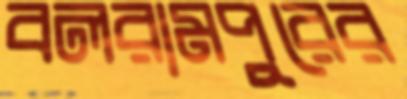
বলরামপুরের